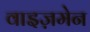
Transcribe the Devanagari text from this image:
वाइज़मेन